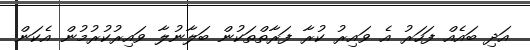
އަދި ބައެއް ފަހަރު އެ ވައިރު ކުރާ ފަރާތްތަކުން ބަލާނުލާ ވައިރުކުރުމުން އެކަން